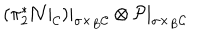
( \pi _ { 2 } ^ { * } { \cal N } | _ { { \cal { C } } } ) | _ { \sigma \times _ { B } { \cal { C } } } \otimes { \cal { P } } | _ { \sigma \times _ { B } { \cal { C } } }